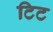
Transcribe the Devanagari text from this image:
टिट